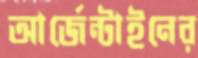
আর্জেন্টাইনের